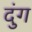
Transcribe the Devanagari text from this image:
दुंग